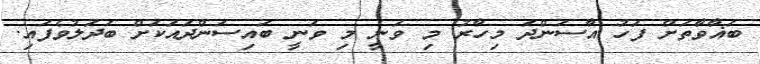
ބަޣާވާތަށް ފަހު އާސަންދަ މިހާރު މި ވަނީ މި ވަނީ ބައިސަންދައަކަށް ބަދަލުވެފައި.